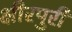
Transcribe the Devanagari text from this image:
क्षीरपुरी